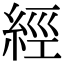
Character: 經